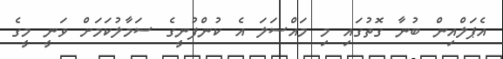
އެޕަލްއިން ބުނާ ގޮތުގައި މި މައްސަލަ އެ ކުންފުނީގެ ސަމާލުކަމަށް ވަނީ މީގެ